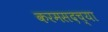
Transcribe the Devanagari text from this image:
करमसदच्या